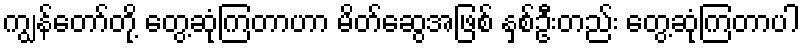
ကျွန်တော်တို့ တွေ့ဆုံကြတာဟာ မိတ်ဆွေအဖြစ် နှစ်ဦးတည်း တွေ့ဆုံကြတာပါ